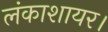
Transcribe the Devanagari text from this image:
लंकाशायर।